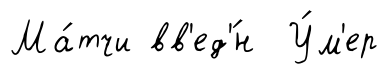
Ма́тчи вв'ед'́н У́м'ер